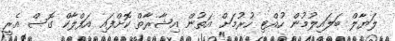
ލަޔާލް ބަލައިލުމުން ހުއްޓި ހުރުމަށް އަތުން އިޝާރާތް ކޮށްފައި އަފްލާކް ގޮސް އެރީ